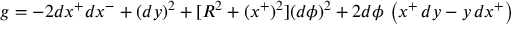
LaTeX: g = - 2 d x ^ { + } d x ^ { - } + ( d y ) ^ { 2 } + [ R ^ { 2 } + ( x ^ { + } ) ^ { 2 } ] ( d \phi ) ^ { 2 } + 2 d \phi \, \left( x ^ { + } \, d y - y \, d x ^ { + } \right)